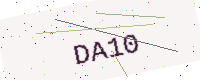
Text: DA10